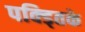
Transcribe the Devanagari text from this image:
पक्ड्तिके